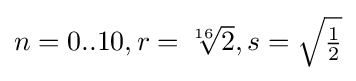
{\textstyle n=0..10,r={\sqrt[{16}]{2}},s={\sqrt {\frac {1}{2}}}}